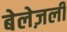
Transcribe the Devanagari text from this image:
बेलेज़ली